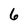
Character: 6